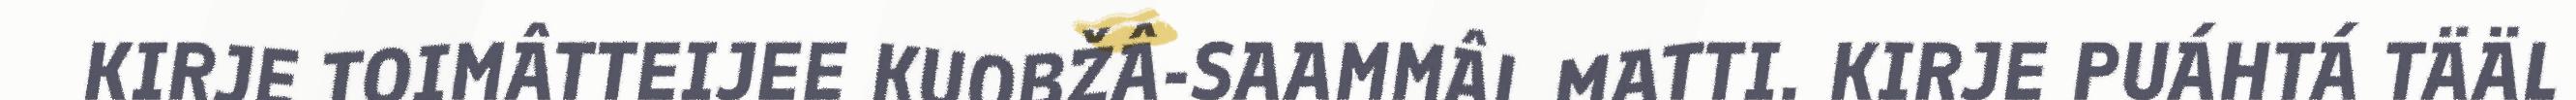
KIRJE TOIMÂTTEIJEE KUOBŽÂ-SAAMMÂL MATTI. KIRJE PUÁHTÁ TÄÄL